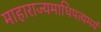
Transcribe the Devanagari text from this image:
माहाराज्यमाधिपत्यमयं